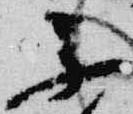
不